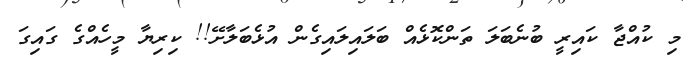
މި ކުއްޖާ ކައިރީ ބުނެބަލަ ތަންކޮޅެއް ބަލައިލައިގެން އުޅެބަލާށޭ!! ކިރިޔާ މީހެއްގެ ގައިގަ